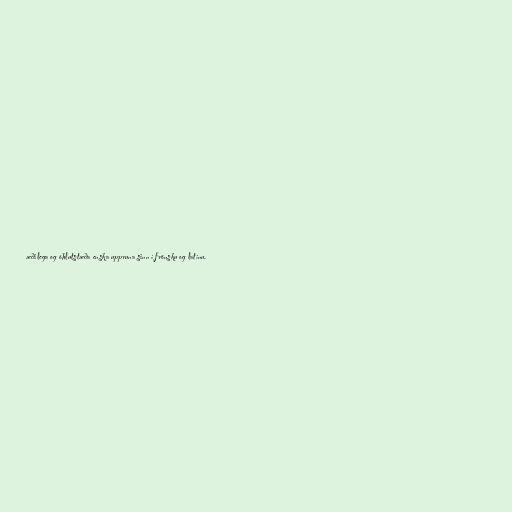
æðilega og óhlutstæða enska uppruna sinn í frönsku og latínu.